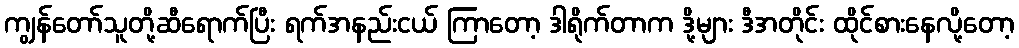
ကျွန်တော်သူတို့ဆီရောက်ပြီး ရက်အနည်းငယ် ကြာတော့ ဒါရိုက်တာက ဒို့များ ဒီအတိုင်း ထိုင်စားနေလို့တော့